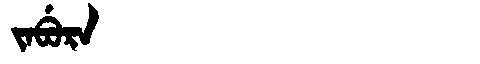
Manchu: ᠵᠠᠪᡠᡵᠠ
Romanization: JABURA